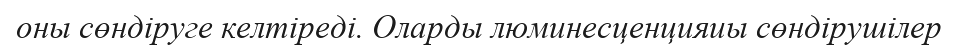
оны сөндіруге келтіреді. Оларды люминесценцияиы сөндірушілер